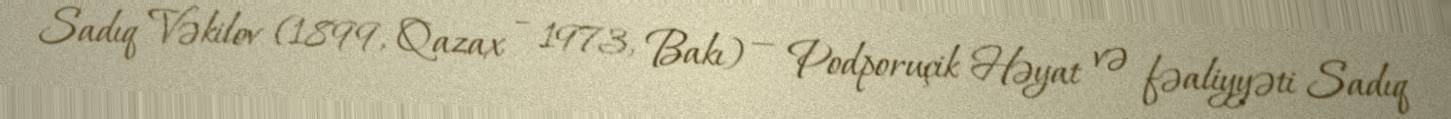
Sadıq Vəkilov (1899, Qazax – 1973, Bakı) — Podporuçik Həyat və fəaliyyəti Sadıq